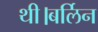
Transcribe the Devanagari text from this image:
थी।बर्लिन